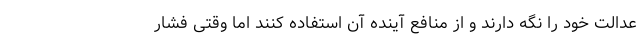
عدالت خود را نگه دارند و از منافع آینده آن استفاده کنند اما وقتی فشار